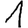
Digit: 1